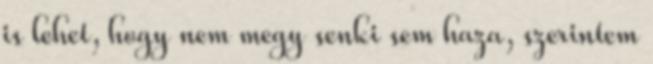
is lehet, hogy nem megy senki sem haza, szerintem